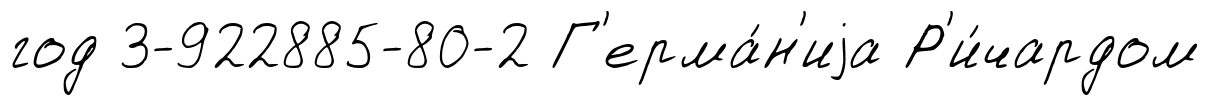
год 3-922885-80-2 Г'ерма́н'иjа Р'и́чардом